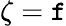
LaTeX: \zeta=\mathtt{f}